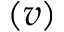
( v )